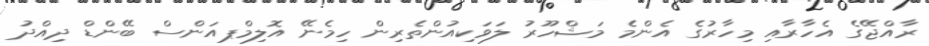
ރާއްޖޭގެ އެހާރާއި މިހާރުގެ އެންމެ މަޝްހޫރު ލަވަކިއުންތެރިން ހިމެނޭ އޮލިމްޕއަންސް ބޭންޑް ދިއްދު